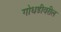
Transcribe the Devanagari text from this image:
गोधडीवरील